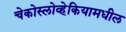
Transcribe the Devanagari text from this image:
चेकोस्लोव्हेकियामधील